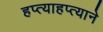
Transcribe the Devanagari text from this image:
हप्त्याहप्त्याने